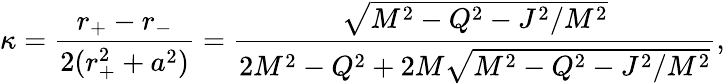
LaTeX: \kappa={\frac{r_{+}-r_{-}}{2(r_{+}^{2}+a^{2})}}={\frac{\sqrt{M^{2}-Q^{2}-J^{2}/M^{2}}}{2M^{2}-Q^{2}+2M{\sqrt{M^{2}-Q^{2}-J^{2}/M^{2}}}}},